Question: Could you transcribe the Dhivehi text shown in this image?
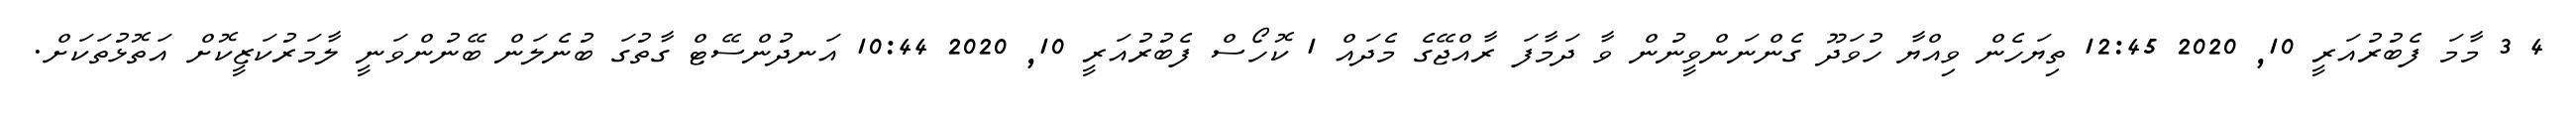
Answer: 4 3 މާމަ ފެބުރުއަރީ 10, 2020 12:45 ތިޔަހެން ވިއްޔާ ހުވަދޫ ގެންނަންވީނުން ވާ ދަމާފަ ރާއްޖޭގެ މެދައް 1 ކޮހޯސް ފެބުރުއަރީ 10, 2020 10:44 އަނދުންސޭޓް ގާތުގަ ބުނެލަން ބޭނުންވަނީ ލާމަރުކަޒީކޮށް އަތޮޅުތަކަށް.